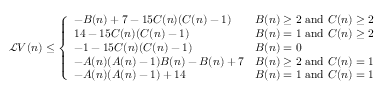
\begin{array} { r } { \mathcal L V ( n ) \le \left\{ \begin{array} { l l } { - B ( n ) + 7 - 1 5 C ( n ) ( C ( n ) - 1 ) } & { B ( n ) \ge 2 \mathrm { ~ a n d ~ } C ( n ) \ge 2 } \\ { 1 4 - 1 5 C ( n ) ( C ( n ) - 1 ) } & { B ( n ) = 1 \mathrm { ~ a n d ~ } C ( n ) \ge 2 } \\ { - 1 - 1 5 C ( n ) ( C ( n ) - 1 ) } & { B ( n ) = 0 } \\ { - A ( n ) ( A ( n ) - 1 ) B ( n ) - B ( n ) + 7 } & { B ( n ) \ge 2 \mathrm { ~ a n d ~ } C ( n ) = 1 } \\ { - A ( n ) ( A ( n ) - 1 ) + 1 4 } & { B ( n ) = 1 \mathrm { ~ a n d ~ } C ( n ) = 1 } \end{array} \right. } \end{array}